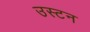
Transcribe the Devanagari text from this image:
उस्टन